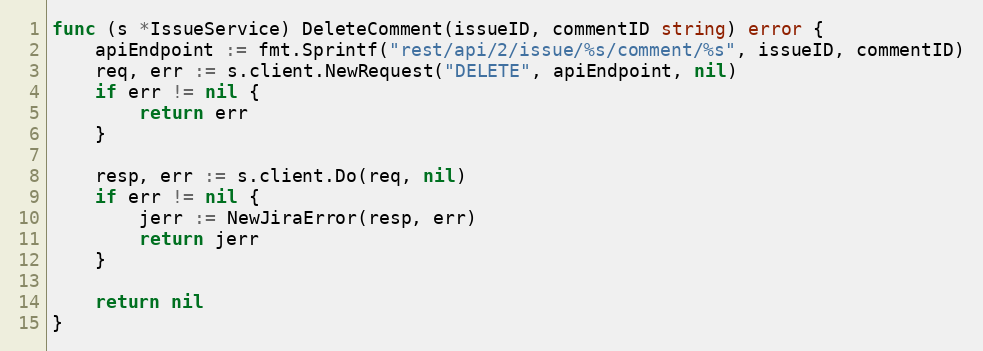
Language: Go
func (s *IssueService) DeleteComment(issueID, commentID string) error {
	apiEndpoint := fmt.Sprintf("rest/api/2/issue/%s/comment/%s", issueID, commentID)
	req, err := s.client.NewRequest("DELETE", apiEndpoint, nil)
	if err != nil {
		return err
	}

	resp, err := s.client.Do(req, nil)
	if err != nil {
		jerr := NewJiraError(resp, err)
		return jerr
	}

	return nil
}